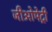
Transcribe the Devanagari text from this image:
जीओमेट्री